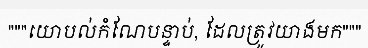
"""យោបល់កំណែបន្ទាប់, ដែលត្រូវយាងមក"""